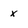
Character: X